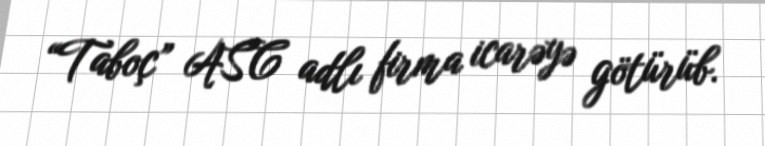
“Taboç” ASC adlı firma icarəyə götürüb.